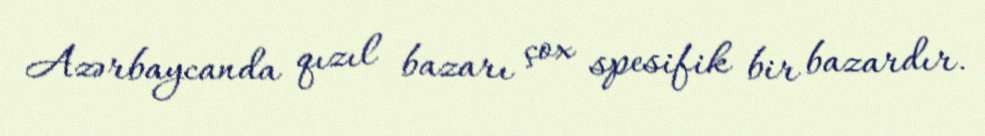
Azərbaycanda qızıl bazarı çox spesifik bir bazardır.